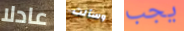
عادلا وسألت يجب